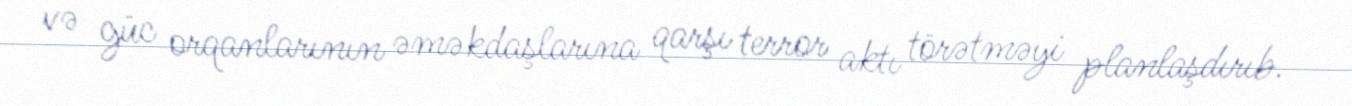
və güc orqanlarının əməkdaşlarına qarşı terror aktı törətməyi planlaşdırıb.